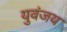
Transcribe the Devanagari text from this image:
युवंजय